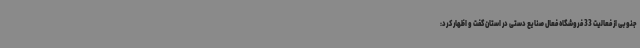
جنوبی از فعالیت 33 فروشگاه فعال صنایع دستی در استان گفت و اظهار کرد: